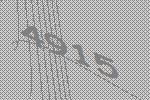
4915